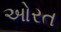
ઓરત